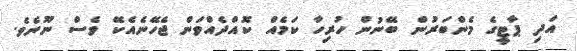
އަދި ޕާޓީގެ މެންބަރުން ބޭނުން ހުރިހާ ކަމެއް ކޮއްދެއްވަން ޖެހޭނެއެކޭ ވެސް ނޫނެވެ.